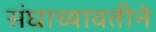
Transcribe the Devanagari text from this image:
संघाच्यावतीने